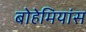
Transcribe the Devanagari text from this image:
बोहेमियांस